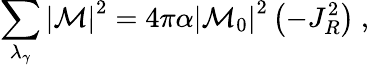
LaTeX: \sum_{\lambda_{\gamma}}\left|{\cal M}\right|^{2}=4\pi\alpha\left|{\cal M}_{0}\right|^{2}\left(-J_{R}^{2}\right)\ ,